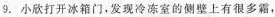
9. 小欣打开冰箱门，发现冷冻室的侧壁上有很多霜，